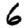
Digit: 6